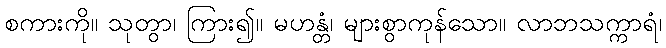
စကားကို။ သုတွာ၊ ကြား၍။ မဟန္တံ၊ များစွာကုန်သော။ လာဘသက္ကာရံ၊